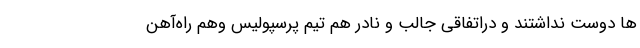
ها دوست نداشتند و دراتفاقی جالب و نادر هم تیم پرسپولیس وهم راه‌آهن